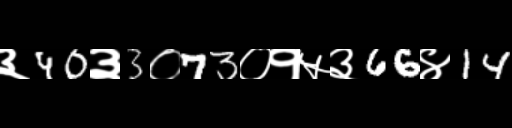
Text: ३40३3०73०१५३66४14